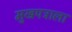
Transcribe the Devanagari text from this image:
मुखपत्राला